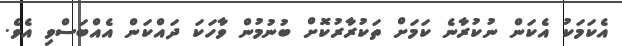
އެކަމަކު އެކަން ނުކުރާނެ ކަމަށް ތަކުރާރުކޮށް ބުނުމުން ވާހަކަ ދައްކަން އެއްބަސްވި އެވެ.